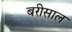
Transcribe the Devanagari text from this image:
बरीसाल